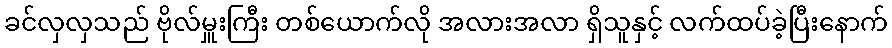
ခင်လှလှသည် ဗိုလ်မှူးကြီး တစ်ယောက်လို အလားအလာ ရှိသူနှင့် လက်ထပ်ခဲ့ပြီးနောက်